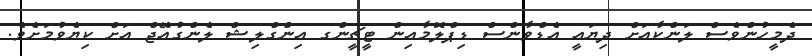
ދެމީހުންވެސް ލަންކާއަށް ދިޔައީ އެޑްވާންސް ޑިޕްލޮމާއިން ޓީޗީންގ އިންގްލިޝް ލެންގުއޭޖް އަށް ކިޔެވުމަށެވެ.